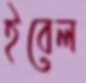
ইবেল